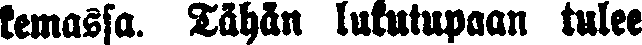
kemassa. Tähän lukutupaan tulee